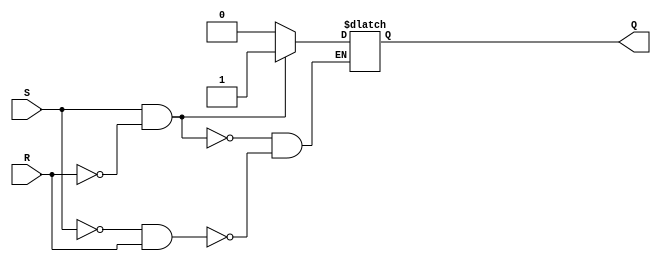
module sr_flip_flop (
    input S,
    input R,
    output reg Q
);

always @* begin
    if (S && !R) begin
        Q <= 1'b1; // set Q high
    end else if (!S && R) begin
        Q <= 1'b0; // set Q low
    end else begin
        Q <= Q; // maintain current state
    end
end

endmodule